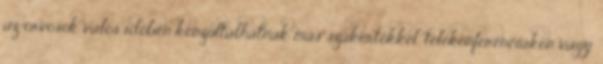
az orvosok valós időben konzultálhatnak más szakértőkkel, telekonferenciákon vagy